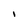
Character: I